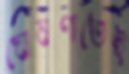
ঘোষণাতেই